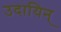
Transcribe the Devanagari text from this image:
उदायिन्